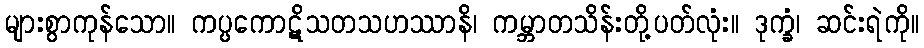
များစွာကုန်သော။ ကပ္ပကောဋိသတသဟဿာနိ၊ ကမ္ဘာတသိန်းတို့ပတ်လုံး။ ဒုက္ခံ၊ ဆင်းရဲကို။